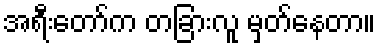
အရီးတော်က တခြားလူ မှတ်နေတာ။